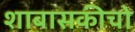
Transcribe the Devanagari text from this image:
शाबासकीचो